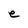
Character: e